Report of the Indian Hemp Drugs Commission, 1894-1895 - Volume I
Year: 1894
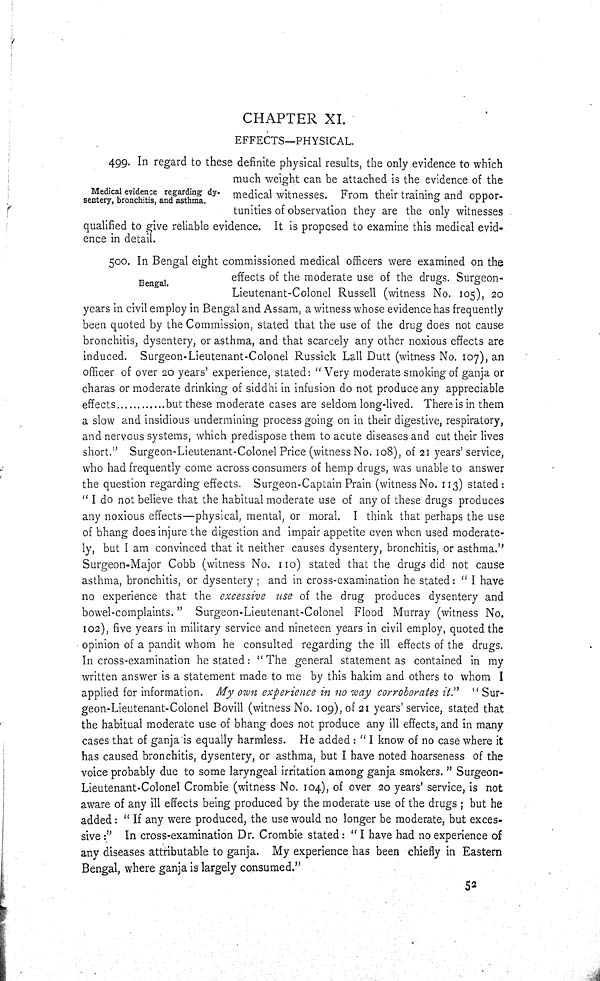
CHAPTER XI.
EFFECTS—PHYSICAL.
Medical evidence regarding dy-
sentery, bronchitis, and asthma.
499. In regard to these definite physical results, the only evidence to which
much weight can be attached is the evidence of the
medical witnesses. From their training and oppor-
tunities of observation they are the only witnesses
qualified to give reliable evidence. It is proposed to examine this medical evid-
ence in detail.
Bengal.
500. In Bengal eight commissioned medical officers were examined on the
effects of the moderate use of the drugs. Surgeon-
Lieutenant-Colonel Russell (witness No. 105), 20
years in civil employ in Bengal and Assam, a witness whose evidence has frequently
been quoted by the Commission, stated that the use of the drug does not cause
bronchitis, dysentery, or asthma, and that scarcely any other noxious effects are
induced. Surgeon-Lieutenant-Colonel Russick Lall Dutt (witness No. 107), an
officer of over 20 years' experience, stated: "Very moderate smoking of ganja or
charas or moderate drinking of siddhi in infusion do not produce any appreciable
effects
but these moderate cases are seldom long-lived. There is in them
a slow and insidious undermining process going on in their digestive, respiratory,
and nervous systems, which predispose them to acute diseases and cut their lives
short." Surgeon-Lieutenant-Colonel Price (witness No. 108), of 21 years' service,
who had frequently come across consumers of hemp drugs, was unable to answer
the question regarding effects. Surgeon-Captain Prain (witness No. 113) stated:
"I do not believe that the habitual moderate use of any of these drugs produces
any noxious effects—physical, mental, or moral. I think that perhaps the use
of bhang does injure the digestion and impair appetite even when used moderate-
ly, but I am convinced that it neither causes dysentery, bronchitis, or asthma."
Surgeon-Major Cobb (witness No. 110) stated that the drugs did not cause
asthma, bronchitis, or dysentery; and in cross-examination he stated: "I have
no experience that the excessive use of the drug produces dysentery and
bowel-complaints." Surgeon-Lieutenant-Colonel Flood Murray (witness No.
102), five years in military service and nineteen years in civil employ, quoted the
opinion of a pandit whom he consulted regarding the ill effects of the drugs.
In cross-examination he stated: "The general statement as contained in my
written answer is a statement made to me by this hakim and others to whom I
applied for information. My own experience in no way corroborates it." "Sur-
geon-Lieutenant-Colonel Bovill (witness No. 109), of 21 years' service, stated that
the habitual moderate use of bhang does not produce any ill effects, and in many
cases that of ganja is equally harmless. He added: "I know of no case where it
has caused bronchitis, dysentery, or asthma, but I have noted hoarseness of the
voice probably due to some laryngeal irritation among ganja smokers." Surgeon-
Lieutenant-Colonel Crombie (witness No. 104), of over 20 years' service, is not
aware of any ill effects being produced by the moderate use of the drugs; but he
added: "If any were produced, the use would no longer be moderate, but exces-
sive:" In cross-examination Dr. Crombie stated: "I have had no experience of
any diseases attributable to ganja. My experience has been chiefly in Eastern
Bengal, where ganja is largely consumed."
52